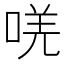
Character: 唴